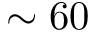
\sim 6 0